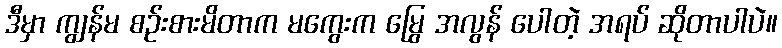
ဒီမှာ ကျွန်မ စဉ်းစားမိတာက မကွေးက မြွေ အလွန် ပေါတဲ့ အရပ် ဆိုတာပါပဲ။